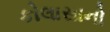
કોલાસાનો